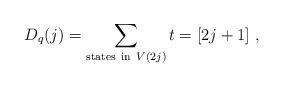
LaTeX: \begin{align*}D_q(j)=\sum_{{\rm states~ in~}V(2j)}t=[2j+1]~,\end{align*}